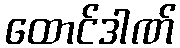
ထောင်ဒါဏ်